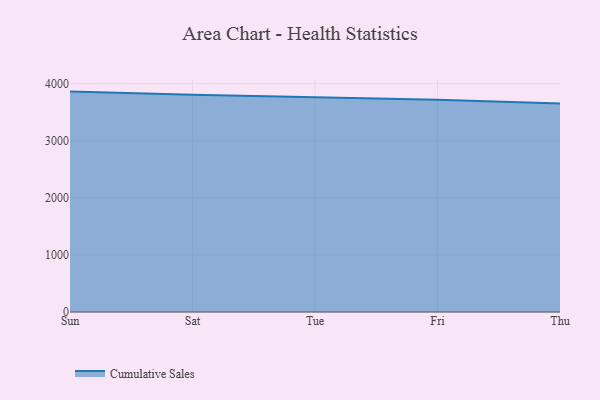
{"axis": {"x": "Day", "y": "Shipments"}, "legend": ["Cumulative Sales"], "data": [{"x": "Sun", "y": 3861.7, "type": "Cumulative Sales"}, {"x": "Sat", "y": 3804.8, "type": "Cumulative Sales"}, {"x": "Tue", "y": 3762.6, "type": "Cumulative Sales"}, {"x": "Fri", "y": 3717.4, "type": "Cumulative Sales"}, {"x": "Thu", "y": 3654.4, "type": "Cumulative Sales"}]}